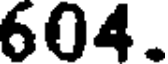
604.